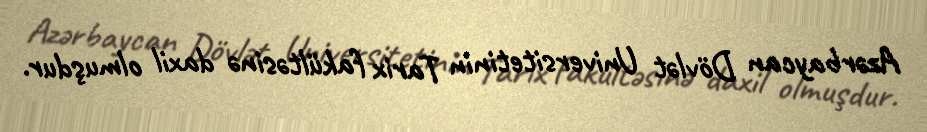
Azərbaycan Dövlət Universitetinin Tarix fakültəsinə daxil olmuşdur.